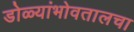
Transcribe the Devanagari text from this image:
डोळ्यांभोवतालचा